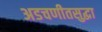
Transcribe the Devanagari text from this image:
अडचणीतसुद्धा